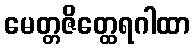
မေတ္တဇိတ္ထေရဂါထာ